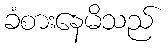
ခံစားနေမိသည်